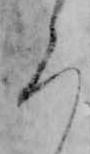
ら